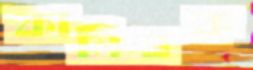
কানিবক